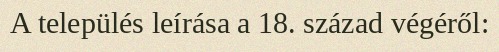
A település leírása a 18. század végéről: